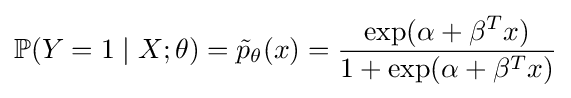
\mathbb {P} (Y=1\mid X;\theta )={\tilde {p}}_{\theta }(x)={\frac {\exp(\alpha +\beta ^{T}x)}{1+\exp(\alpha +\beta ^{T}x)}}